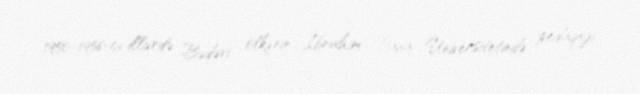
1950-1956-cı illərdə Bədəvi ölkənin İbrahim Paşa Universitetində pedaqoji